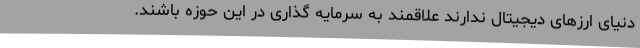
دنیای ارزهای دیجیتال ندارند علاقمند به سرمایه گذاری در این حوزه باشند.